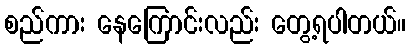
စည်ကား နေကြောင်းလည်း တွေ့ရပါတယ်။